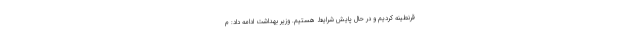
قرنطینه کردیم و در حال پایش شرایط هستیم. وزیر بهداشت ادامه داد: م